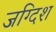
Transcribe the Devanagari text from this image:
जग्दिश